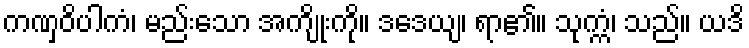
ကဏှဝိပါကံ၊ မည်းသော အကျိုးကို။ ဒဒေယျ၊ ရာ၏။ သုက္ကံ၊ သည်။ ယဒိ